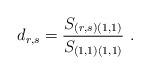
LaTeX: \begin{align*}d_{r,s}=\frac{S_{(r,s)(1,1)}}{S_{(1,1)(1,1)}}\ .\end{align*}